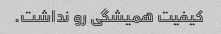
کیفیت همیشگی رو نداشت.